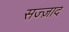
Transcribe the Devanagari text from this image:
सज्ज़ाद